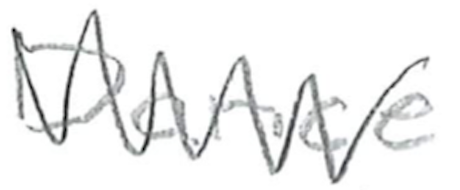
Text: Dance
Cross-out: mix
Writing tool: pencil